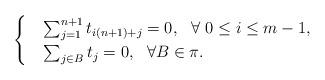
LaTeX: \begin{align*}\begin{cases}& \sum_{j=1}^{n+1} t_{i\*(n+1)+j}=0, \ \ \forall \ 0\leq i\leq m-1,\\& \sum_{j\in B} t_j=0, \ \ \forall B\in \pi.\end{cases}\end{align*}